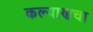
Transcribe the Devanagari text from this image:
कल्याणचा